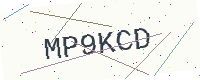
Text: MP9KCD